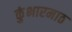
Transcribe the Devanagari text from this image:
कुंभारमाठ